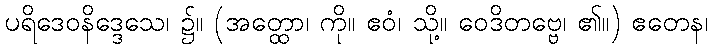
ပရိဒေဝနိဒ္ဒေသေ၊ ၌။ (အတ္ထော၊ ကို။ ဧဝံ၊ သို့။ ဝေဒိတဗ္ဗေ၊ ၏။) ဧတေန၊